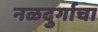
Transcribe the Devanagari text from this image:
नळदुर्गाचा